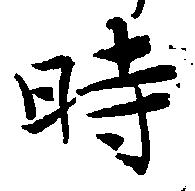
時